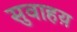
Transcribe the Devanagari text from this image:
सुवाहय़